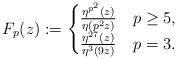
LaTeX: \begin{align*} F_{p}(z):=\begin{cases}\frac{\eta^{p^2}(z)}{\eta(p^2z)} &p\geq 5, \\\frac{\eta^{27}(z)}{\eta^3(9z)} &p=3. \end{cases}\end{align*}